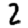
Digit: 2